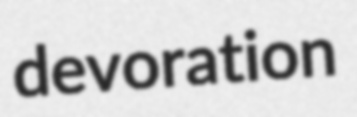
devoration